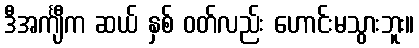
ဒီအင်္ကျီက ဆယ် နှစ် ဝတ်လည်း ဟောင်းမသွားဘူး။